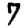
Digit: 7